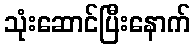
သုံးဆောင်ပြီးနောက်